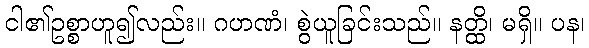
ငါ၏ဥစ္စာဟူ၍လည်း။ ဂဟဏံ၊ စွဲယူခြင်းသည်။ နတ္ထိ၊ မရှိ။ ပန၊